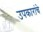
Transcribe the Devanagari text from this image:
उपकारांचे